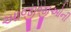
આજીજીઓની